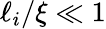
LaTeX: \ell_{i}/\xi\ll 1